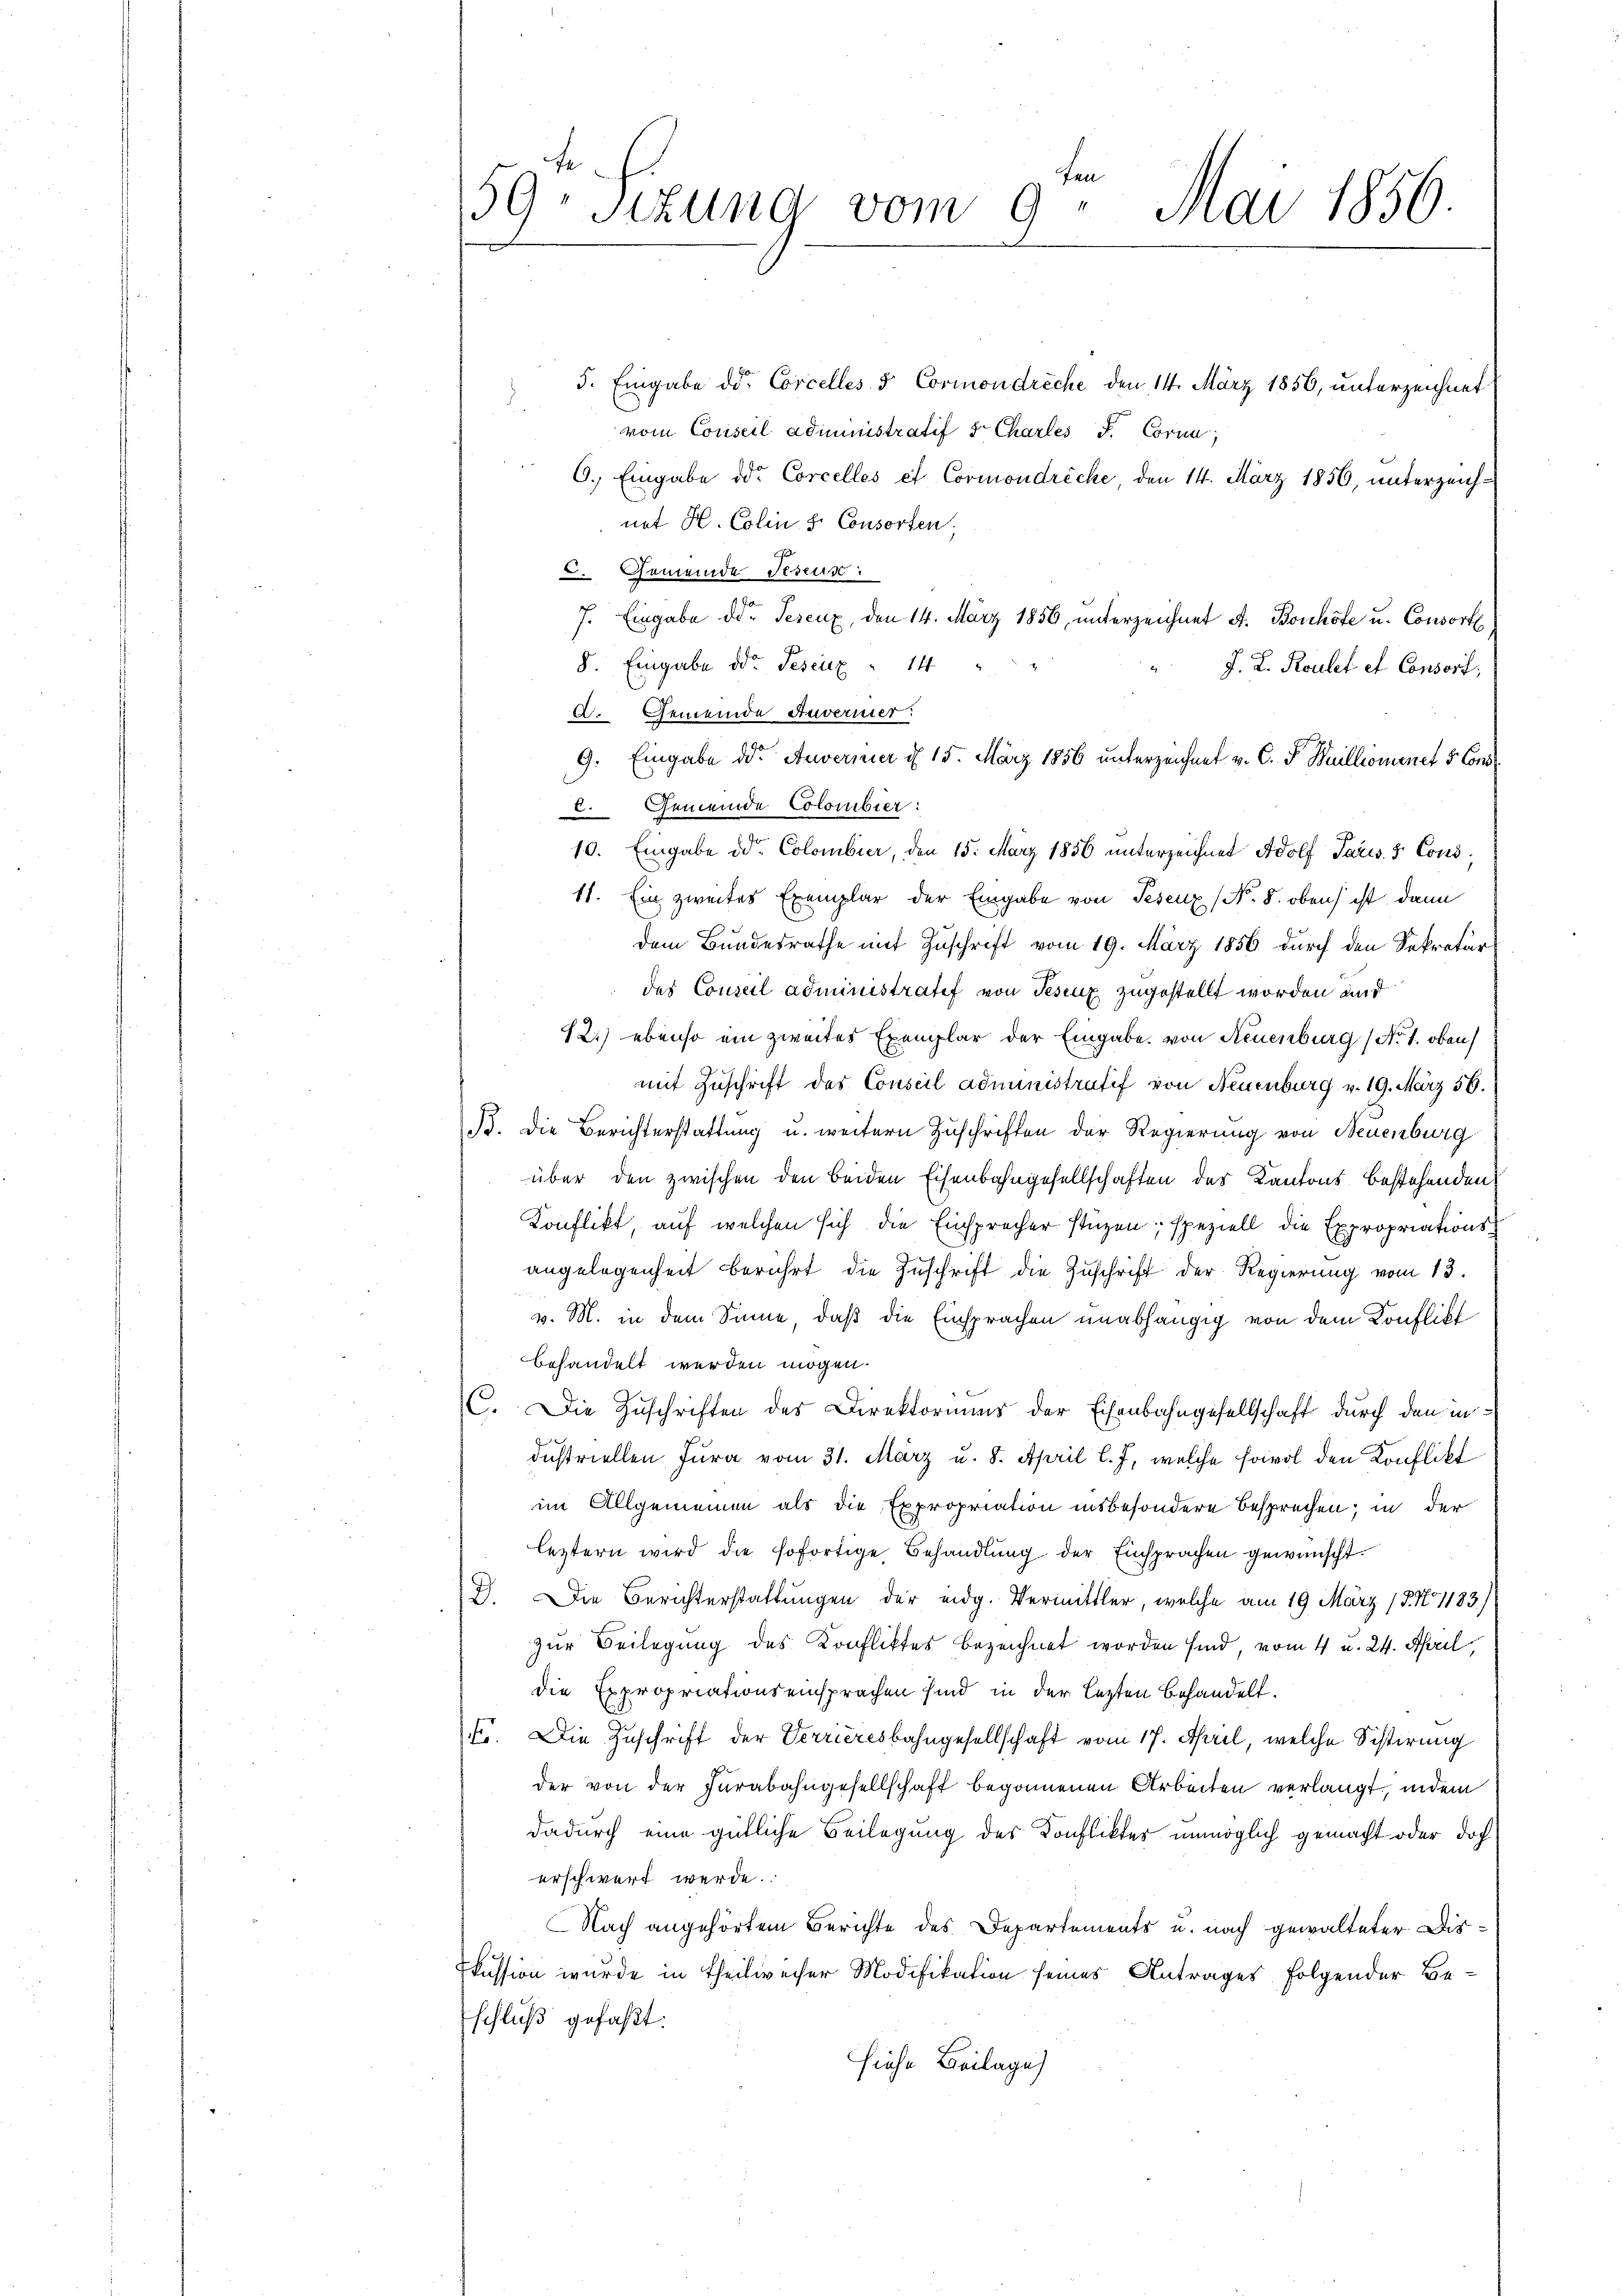
te
59. Sizung vom 9. Mai 1856.

5. Eingabe der Corcelles & Cormondreche den 14. März 1856, unterzeichnet
d.
vom Conseil administratif 5. Charles d. Corna
6.) Eingabe oder Corcelles et Cormondreche, den 14. März 1856, unterzeichnt H. Colin s. Consorten,
6. Gemeinde Freun
7. Eingabe der Teseux, den 14. März 1856, unterzeichnet A. Bonhöfe u. Consorte
8. Eingabe oder Gesetz  14
J. L. Roulet et Consorf:
A. Gemeinde Anverner:
9. Eingabe der Anveriner d. 15. März 1856 unterzeichnet v. C. F. Weillionenet & Cons
.Gemeinde Colombier:
10. Eingabe der Colombier, den 15. März 1856 unterzeichnet Adolf Paris. 8 Cons
11. Ein zweites Exemplar der Eingabe von Pesenz (No. 8. oben ist dann
dem Bundesrathe mit Zuschrift vom 19. März 1856 durch den Sekretär
des Conseil administratif von Tesenz zugestellt worden auf
12.) ebenso ein zweites Exemplar der Eingabe von Neuenburg (No. 1. oben
mit Zuschrift des Conseil administratif von Neuenburg v. 19. März 56.
B. Die Berichterstattung u. weitern Zuschriften der Regierung von Neuenburg
über den zwischen den beiden Eisenbahngesellschaften des Kantons bestehenden
Konflikt, auf welchen sich die Einsprecher stüzen; speziell die Expropriationsangelegenheit berührt die Zuschrift die Zuschrift der Regierung vom 13.
v. M. in dem Sinne, daß die Einsprachen unabhängig von dem Konflikt
behandelt werden mögen.
C. Die Zuschriften des Direktoriums der Eisenbahngesellschaft durch den industriellen Jura vom 31. März u. 8. April l. J. welche sowol den Konflikt
im Allgemeinen als die Expropriation insbesondere Besprechen; in der
leztern wird die sofortige Behandlung der Einsprachen gewünscht.
D. Die Berichterstattungen der eidg. Vermittler, welche am 19. März 18. No 1183)
zur Beilegung des Konfliktes bezeichnet worden sind, vom 4 u. 24. April
die Expropriationseinsprachen sind in der lezten behandelt.
F. Die Zuschrift der Verrieresbahngesellschaft vom 17. April, welche Sistirung
der von der Furabahngesellschaft begonnenen Arbeiten verlangt, indem
dadurch eine gütliche Beilegung des Konfliktes unmöglich gemacht oder doch
erschwert werde.
Nach angehörtem Berichte des Departements u. nach gewalteter Diskussion wurde in Theilweiser Modifikation seines Antrages folgender Be¬
Eschluß gefaßt.
hiehe Beilage